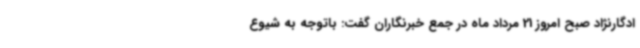
ادگارنژاد صبح امروز 21 مرداد ماه در جمع خبرنگاران گفت: باتوجه به شیوع